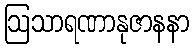
ဩသာရဏာနုဇာနနာ